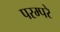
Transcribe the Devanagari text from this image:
परम्परे